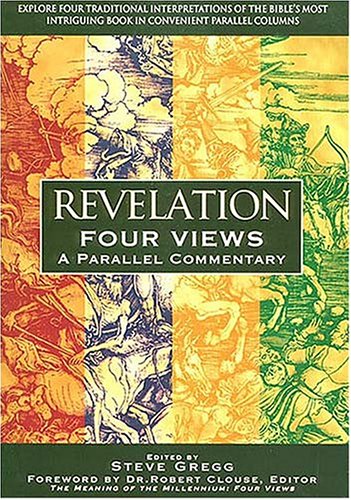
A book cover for Revelation:  Four Views: A Parallel Commentary; Reference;